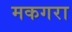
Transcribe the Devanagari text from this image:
मकगरा